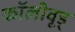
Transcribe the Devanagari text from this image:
कॉलीवूड्